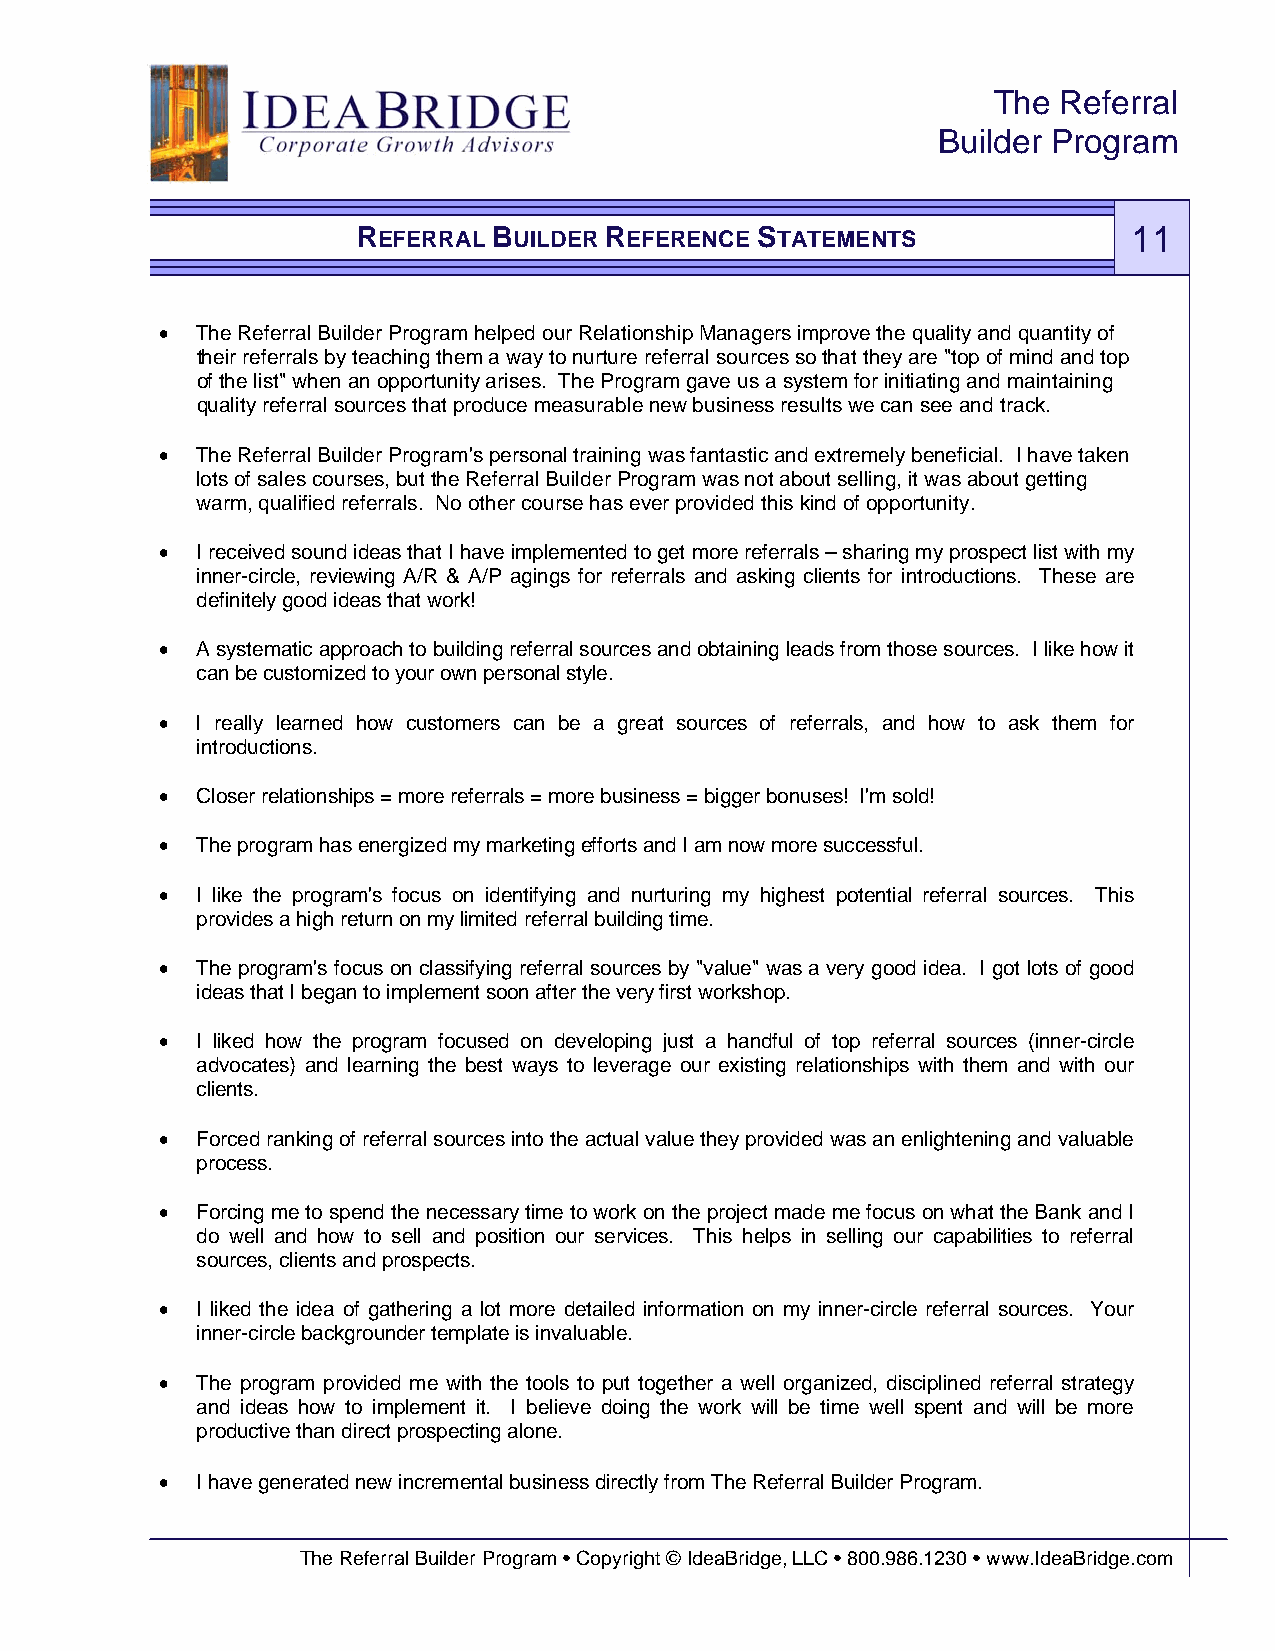
The Referral
 Builder Program
 REFERRAL BUILDER REFERENCE STATEMENTS              11
 • The Referral Builder Program helped our Relationship Managers improve the quality and quantity of
 their referrals by teaching them a way to nurture referral sources so that they are "top of mind and top
 of the list" when an opportunity arises. The Program gave us a system for initiating and maintaining
 quality referral sources that produce measurable new business results we can see and track.
 • The Referral Builder Program's personal training was fantastic and extremely beneficial. I have taken
 lots of sales courses, but the Referral Builder Program was not about selling, it was about getting
 warm, qualified referrals. No other course has ever provided this kind of opportunity.
 • I received sound ideas that I have implemented to get more referrals – sharing my prospect list with my
 inner-circle, reviewing A/R & A/P agings for referrals and asking clients for introductions. These are
 definitely good ideas that work!
 • A systematic approach to building referral sources and obtaining leads from those sources. I like how it
 can be customized to your own personal style.
 • I really learned how customers can be a great sources of referrals, and how to ask them for
 introductions.
 • Closer relationships = more referrals = more business = bigger bonuses! I'm sold!
 • The program has energized my marketing efforts and I am now more successful.
 • I like the program's focus on identifying and nurturing my highest potential referral sources. This
 provides a high return on my limited referral building time.
 • The program's focus on classifying referral sources by "value" was a very good idea. I got lots of good
 ideas that I began to implement soon after the very first workshop.
 • I liked how the program focused on developing just a handful of top referral sources (inner-circle
 advocates) and learning the best ways to leverage our existing relationships with them and with our
 clients.
 • Forced ranking of referral sources into the actual value they provided was an enlightening and valuable
 process.
 • Forcing me to spend the necessary time to work on the project made me focus on what the Bank and I
 do well and how to sell and position our services. This helps in selling our capabilities to referral
 sources, clients and prospects.
 • I liked the idea of gathering a lot more detailed information on my inner-circle referral sources. Your
 inner-circle backgrounder template is invaluable.
 • The program provided me with the tools to put together a well organized, disciplined referral strategy
 and ideas how to implement it. I believe doing the work will be time well spent and will be more
 productive than direct prospecting alone.
 • I have generated new incremental business directly from The Referral Builder Program.
 The Referral Builder Program • Copyright © IdeaBridge, LLC • 800.986.1230 • www.IdeaBridge.com